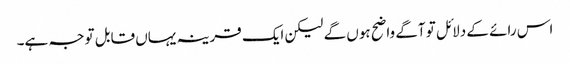
اس رائے کے دلائل تو آگے واضح ہوں گے لیکن ایک قرینہ یہاں قابل توجہ ہے۔